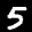
Label: 5